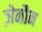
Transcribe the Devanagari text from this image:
ज़ेनौन